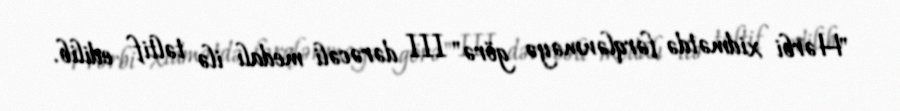
"Hərbi xidmətdə fərqlənməyə görə" III dərəcəli medalı ilə təltif edilib.